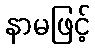
နာမဖြင့်